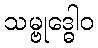
သမ္ဗုဒ္ဓေါဝ